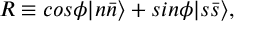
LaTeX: R \equiv c o s \phi | n \bar { n } \rangle + s i n \phi | s \bar { s } \rangle ,